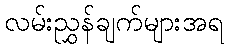
လမ်းညွှန်ချက်များအရ